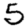
Digit: 5